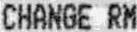
CHANGE RM